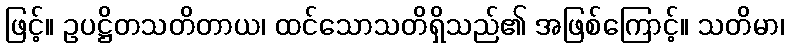
ဖြင့်။ ဥပဋ္ဌိတသတိတာယ၊ ထင်သောသတိရှိသည်၏ အဖြစ်ကြောင့်။ သတိမာ၊